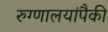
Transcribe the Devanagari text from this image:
रुग्णालयांपैकी